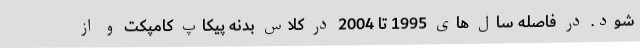
شود. در فاصله سال های 1995 تا 2004 در کلاس بدنه پیکاپ کامپکت و از